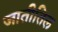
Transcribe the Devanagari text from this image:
जातीतिल